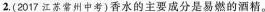
2，(2017江苏常州中考)香水的主要成分是易燃的酒精。